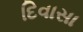
દિવાસા